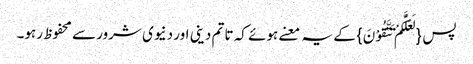
پس {لَعَلَّکُمْ تَتَّقُوْنَ}کے یہ معنے ہوئے کہ تا تم دینی اور دنیوی شرور سے محفوظ رہو۔